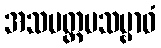
အသပတ္တမသမ္ဗာဓံ